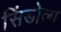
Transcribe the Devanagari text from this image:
सिंडोला